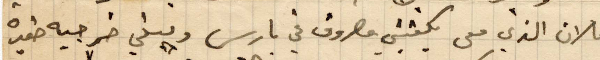
فلان الذي معي يكفيني مصروف في باريس ويبقى خرجيه صغيرة